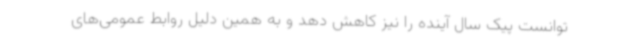
توانست پیک سال آینده را نیز کاهش دهد و به همین دلیل روابط عمومی‌های